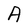
Character: A